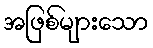
အဖြစ်များသော